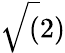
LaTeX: \sqrt(2)